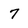
Character: 7